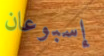
إسبوعان